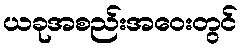
ယခုအစည်းအဝေးတွင်